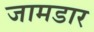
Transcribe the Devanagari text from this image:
जामडार